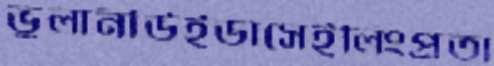
ভুলানীউইডাসেইলিংপ্রতা